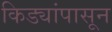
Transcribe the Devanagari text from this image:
किड्यांपासून